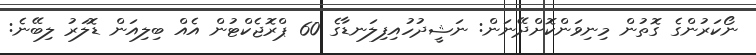
ނޯކަރުންގެ ގޮތުން މިނިވަންކޮށްދޭނަން: ނަޝީދުހުއިފިލަނޑާގެ 60 ޕްރޮޖެކްޓުން އެއް ބިލިއަން ޑޮލަރު ލިބޭނެ: